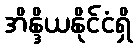
အိန္ဒိယနိုင်ငံရှိ